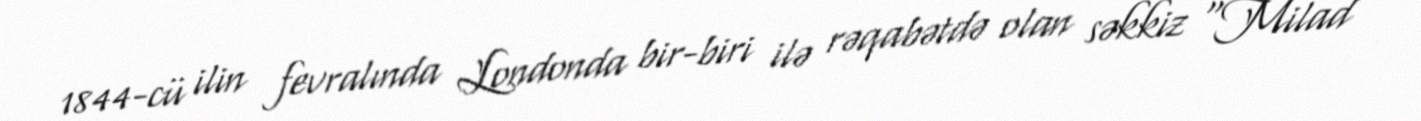
1844-cü ilin fevralında Londonda bir-biri ilə rəqabətdə olan səkkiz "Milad